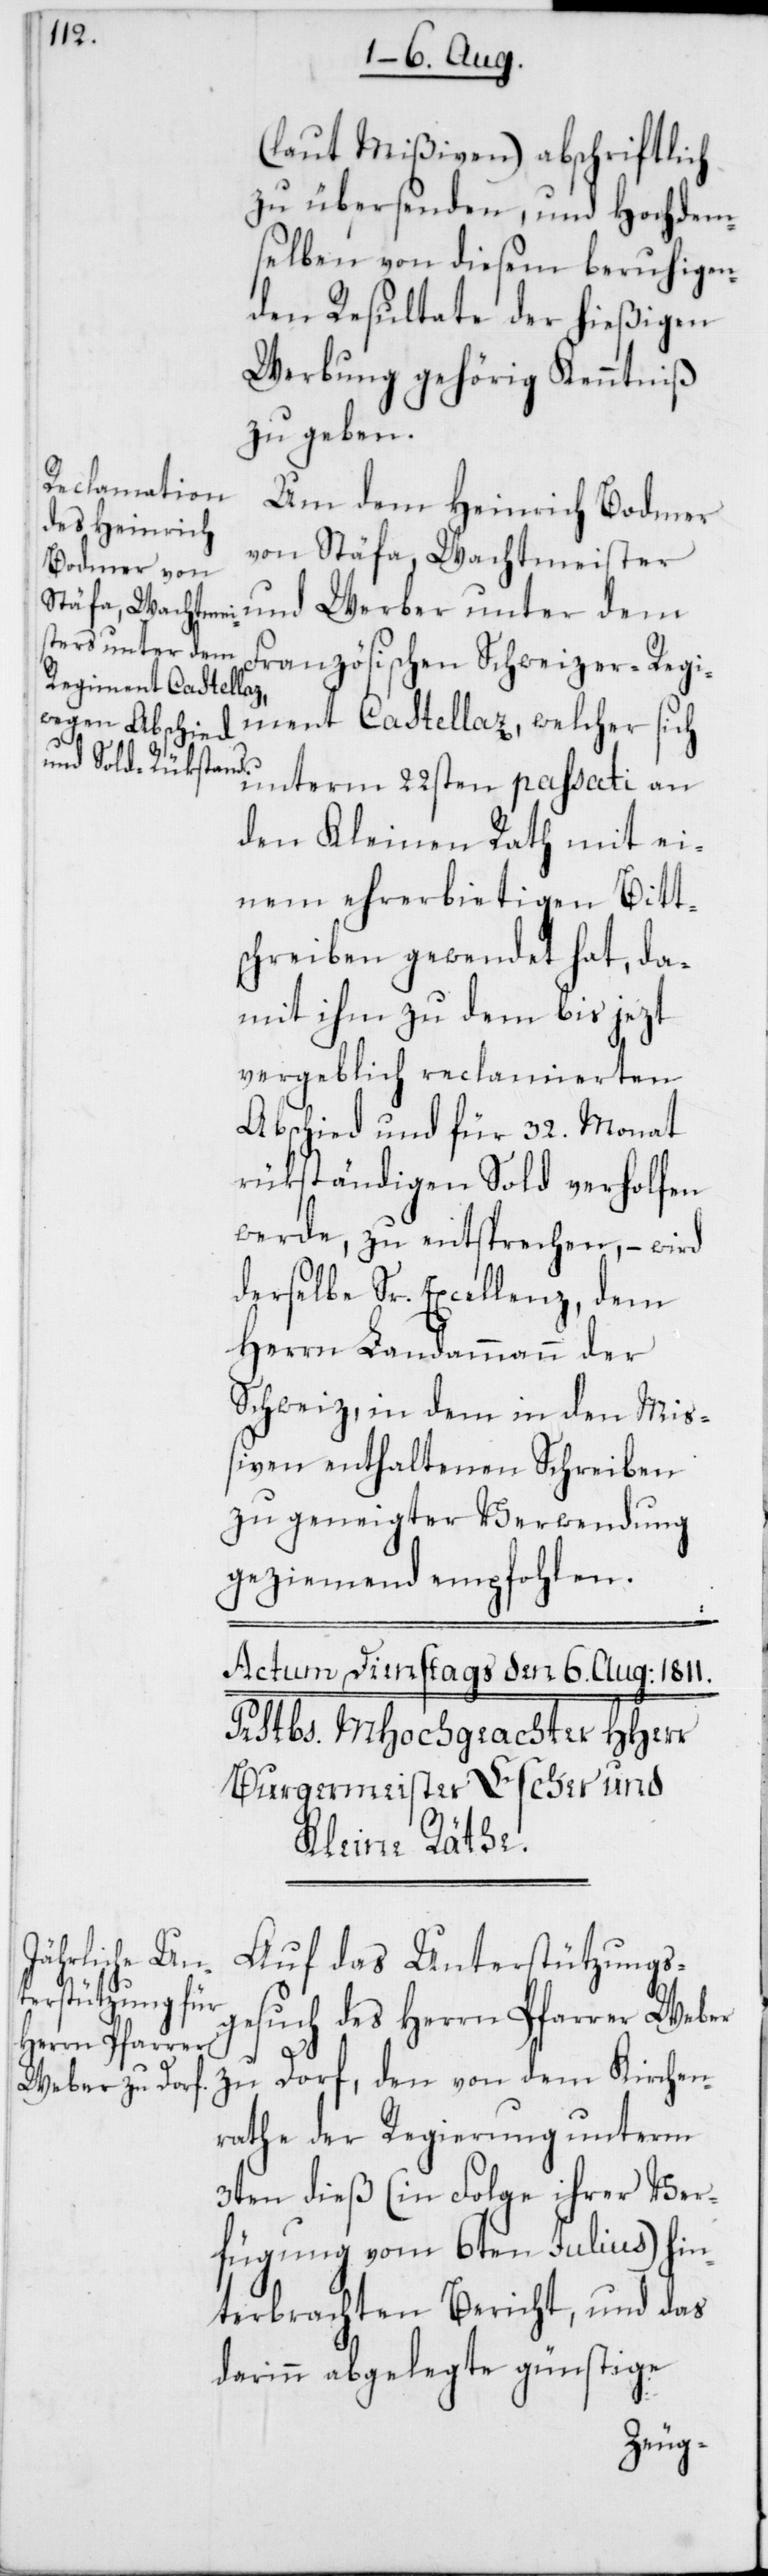
(laut Mißiven) abschriftlich
zu übersenden, und Hochdem¬
selben von diesem beruhigen¬
den Resultate der hießigen
Werbung gehörig Kenntniß
zu geben.
Um dem Heinrich Bodmer
von Stäfa, Wachtmeister
und Werber unter dem
Französischen Schweizer-Regi¬
ment Castellaz, welcher sich
unterm 22sten passati an
den Kleinen Rath mit ei¬
nem ehrerbietigen Bitt¬
schreiben gewendet hat, da¬
mit ihm zu dem bis jezt
vergeblich reclamierten
Abschied und für 32. Monat
rükständigen Sold verholfen
werde, zu entsprechen, – wird
derselbe Sr. Excellenz, dem
Herrn Landammann der
Schweiz, in dem in den Mi¬
ßiven enthaltenen Schreiben
zu geneigter Verwendung
geziemend empfohlen.
Auf das Unterstützungs¬
gesuch des Herrn Pfarrer Weber
zu Dorf, den von dem Kirchen¬
rathe der Regierung unterm
3ten dieß (in Folge ihrer Ver¬
fügung vom 6ten Julius) hin¬
terbrachten Bericht, und das
darinn abgelegte günstige